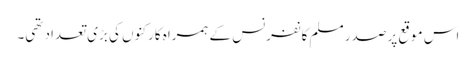
اس موقع پر صدر مسلم کانفرنس کے ہمراہ کارکنوں کی بڑی تعداد تھی۔